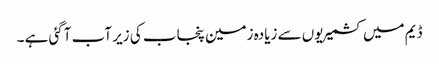
ڈیم میں کشمیریوں سے زیادہ زمین پنجاب کی زیر آب آگئی ہے ۔